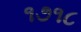
૧૭૧૮